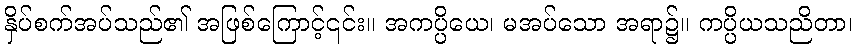
နှိပ်စက်အပ်သည်၏ အဖြစ်ကြောင့်၎င်း။ အကပ္ပိယေ၊ မအပ်သော အရာ၌။ ကပ္ပိယသညိတာ၊